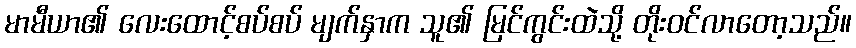
မာမီယာ၏ လေးထောင့်စပ်စပ် မျက်နှာက သူ၏ မြင်ကွင်းထဲသို့ တိုးဝင်လာတော့သည်။